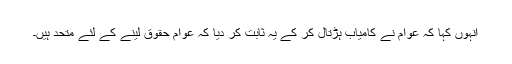
انہوں کہا کہ عوام نے کامیاب ہڑتال کر کے یہ ثابت کر دیا کہ عوام حقوق لینے کے لئے متحد ہیں۔